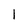
Character: 1